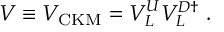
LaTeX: V \equiv V _ { \mathrm { C K M } } = V _ { L } ^ { U } V _ { L } ^ { D \dagger } \ .